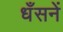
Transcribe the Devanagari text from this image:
धँसनें